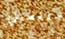
ستعطيني